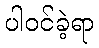
ပါဝင်ခဲ့ရာ